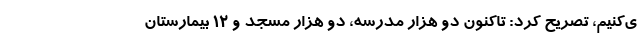
ی‌کنیم، تصریح کرد: تاکنون دو هزار مدرسه، دو هزار مسجد و ۱۲ بیمارستان